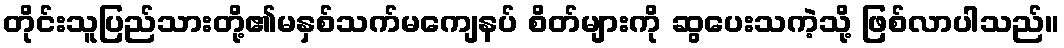
တိုင်းသူပြည်သားတို့၏မနှစ်သက်မကျေနပ် စိတ်များကို ဆွပေးသကဲ့သို့ ဖြစ်လာပါသည်။